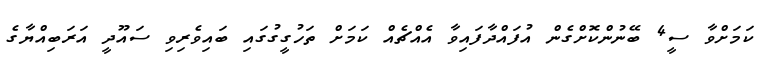
ކަމަށްވާ ސީ4 ބޭނުންކޮށްގެން އުފައްދާފައިވާ އެއްޗެއް ކަމަށް ތަހުގީގުގައި ބައިވެރިވި ސައޫދީ އަރަބިއްޔާގެ